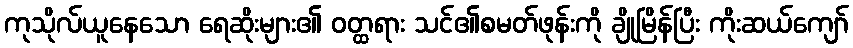
ကုသိုလ်ယူနေသော ရေဆိုးများ၏ ဝတ္ထရား သင်၏စမတ်ဖုန်းကို ချိုမြိန်ပြီး ကိုးဆယ်ကျော်